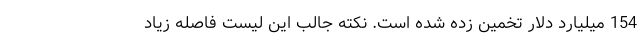
154 میلیارد دلار تخمین زده شده است. نکته جالب این لیست فاصله زیاد